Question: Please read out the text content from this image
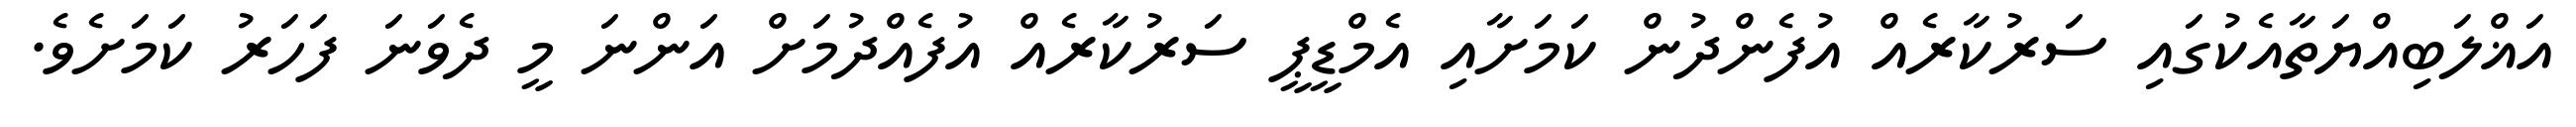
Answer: އަޣްލަބިއްޔަތާއެކުގައި ސަރުކާރެއް އުފެންދުން ކަމަށާއި އެމްޑީޕީ ސަރުކާރެއް އުފެއްދުމަށް އަންނަ މީ ދެވަނަ ފަހަރު ކަމަށެވެ.